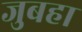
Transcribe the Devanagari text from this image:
जुबहा